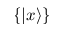
\{ \left\vert x \right\rangle \}